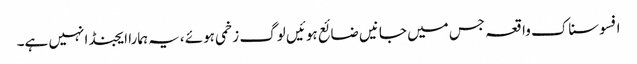
افسوسناک واقعہ جس میں جانیں ضائع ہوئیں لوگ زخمی ہوئے ،یہ ہمارا ایجنڈا نہیں ہے۔